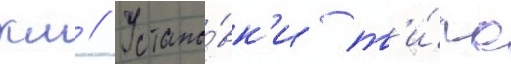
км // Устано́вк'и т'и́па